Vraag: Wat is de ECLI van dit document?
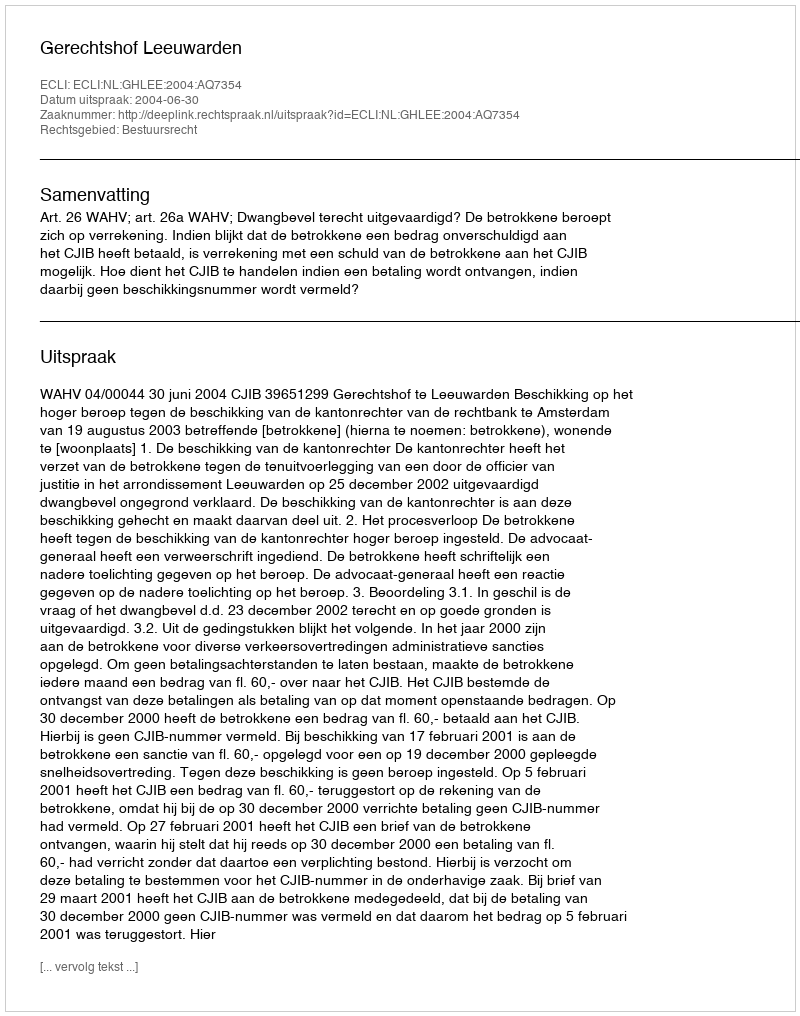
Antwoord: ECLI:NL:GHLEE:2004:AQ7354